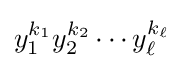
y_{1}^{k_{1}}y_{2}^{k_{2}}\cdots y_{\ell }^{k_{\ell }}